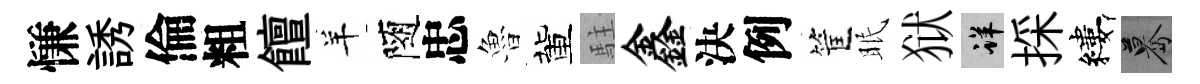
慊誘倫粗饘羊隨忠魯董駐鑫決例筐眠狱详採縷驀